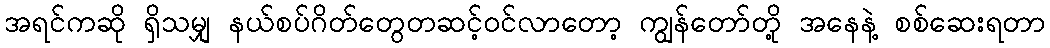
အရင်ကဆို ရှိသမျှ နယ်စပ်ဂိတ်တွေတဆင့်ဝင်လာတော့ ကျွန်တော်တို့ အနေနဲ့ စစ်ဆေးရတာ